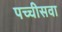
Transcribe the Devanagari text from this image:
पच्चीसवा